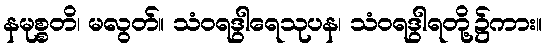
နမုစ္စတိ၊ မလွတ်။ သံဝရဒွါရေသုပန၊ သံဝရဒွါရတို့၌ကား။